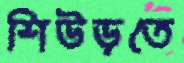
শিউড়তে